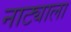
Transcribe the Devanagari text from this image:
नाट्याला